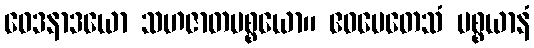
ဝေဒနာဒယော သဟဇာတပစ္စယော။ ဧဝမေတေသံ ပစ္စယာနံ